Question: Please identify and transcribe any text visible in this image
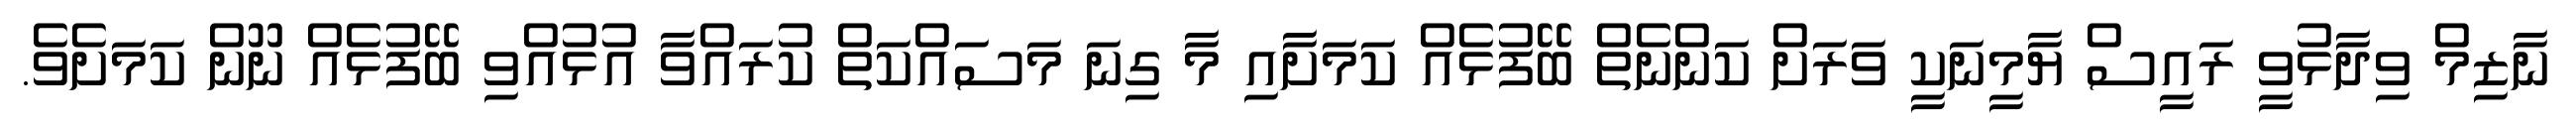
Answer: ނާޒިމް ވިދާޅުވީ ރައީސް ޔާމީނަކީ ވަރަށް ކަންނެތް ބޭފުޅެއް ކަމަށާއި މާ ގިނަ މަސައްކަތް ކުރައްވާ އުޅުއްވި ބޭފުޅެއް ނޫން ކަމަށެވެ.